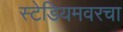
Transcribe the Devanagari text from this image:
स्टेडियमवरचा